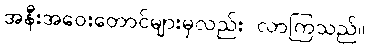
အနီးအဝေးတောင်များမှလည်း လာကြသည်။